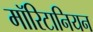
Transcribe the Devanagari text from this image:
मॉरिटानियन